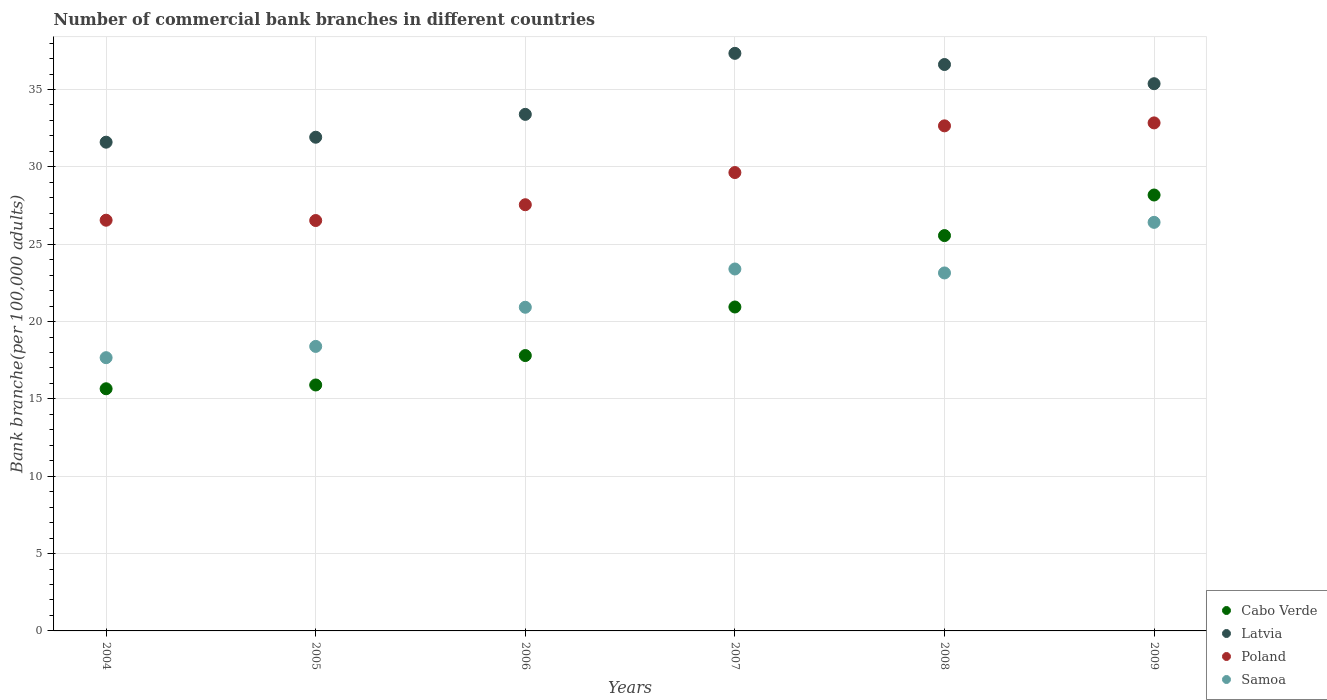
| Years | Cabo Verde | Latvia | Poland | Samoa |
 | --- | --- | --- | --- | --- |
 | 2004 | 15.7 | 31.6 | 26.6 | 17.7 |
 | 2005 | 15.9 | 31.9 | 26.5 | 18.4 |
 | 2006 | 17.8 | 33.4 | 27.6 | 20.9 |
 | 2007 | 20.9 | 37.3 | 29.6 | 23.4 |
 | 2008 | 25.6 | 36.6 | 32.7 | 23.1 |
 | 2009 | 28.2 | 35.4 | 32.8 | 26.4 |